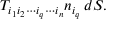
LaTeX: T _ { i _ { 1 } i _ { 2 } \cdots i _ { q } \cdots i _ { n } } n _ { i _ { q } } \, d S .